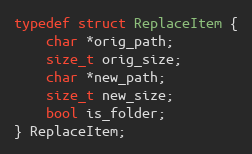
Language: C
typedef struct ReplaceItem {
    char *orig_path;
    size_t orig_size;
    char *new_path;
    size_t new_size;
    bool is_folder;
} ReplaceItem;